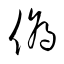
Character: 偽